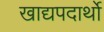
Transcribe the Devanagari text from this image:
खाद्यपदार्थो